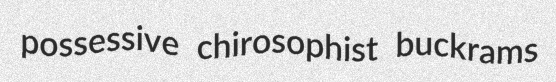
possessive chirosophist buckrams